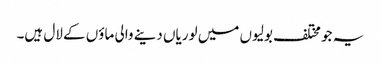
یہ جو مختلف بولیوں میں لوریاں دینے والی ماؤں کے لال ہیں۔